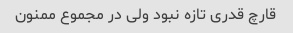
قارچ قدری تازه نبود ولی در مجموع ممنون